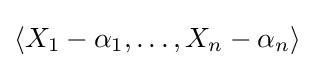
\langle X_{1}-\alpha _{1},\ldots ,X_{n}-\alpha _{n}\rangle